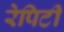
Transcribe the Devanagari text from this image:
रेपिटी